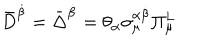
\bar { D } ^ { \dot { \beta } } = \bar { \Delta } ^ { \dot { \beta } } = \theta _ { \alpha } \sigma _ { \mu } ^ { \alpha \dot { \beta } } \Pi _ { \mu } ^ { L }